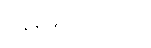
ဝန်ဆောင်မှုများ